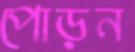
পোড়ন